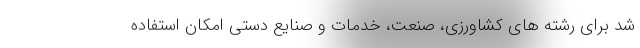
شد برای رشته های کشاورزی، صنعت، خدمات و صنایع دستی امکان استفاده